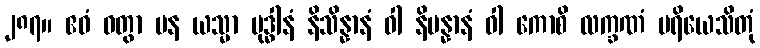
၂၈၇။ ဧဝံ ဝတွာ ပန ယသ္မာ ဗုဒ္ဓါနံ နိသိန္နာနံ ဝါ နိပန္နာနံ ဝါ ကောစိ လက္ခဏံ ပရိယေသိတုံ